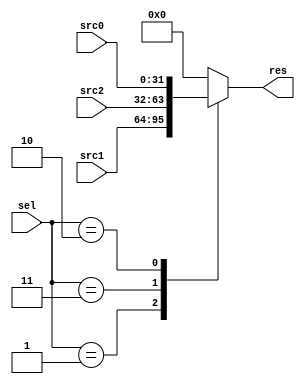
`timescale 1ns / 1ps

module MUX_write_back_sel(
input [1:0] sel,
input [31:0] src1,
input [31:0] src0,
input [31:0] src2,
output reg [31:0] res
);
parameter NAN=2'd0;
parameter choose_pc_add4=2'd1;
parameter choose_alu_res=2'd2;
parameter choose_mem_read_data=2'd3;

always@(*)
begin
    case(sel)
        choose_pc_add4:
            res = src1;
        choose_mem_read_data:
            res = src2;
        choose_alu_res:
            res = src0;
        default:    
            res = 0;
    endcase
end
endmodule